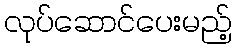
လုပ်ဆောင်ပေးမည့်